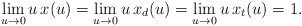
\begin{align*}\lim_{u\to0}u\,x(u)=\lim_{u\to0}u\,x_d(u)= \lim_{u\to0}u\,x_t(u)=1. \end{align*}